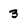
Character: 3